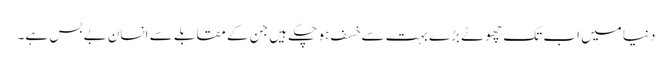
دنیا میں اب تک چھوٹے بڑے بہت سے خسف ہو چکے ہیں جن کے مقابلے سے انسان بے بس ہے۔